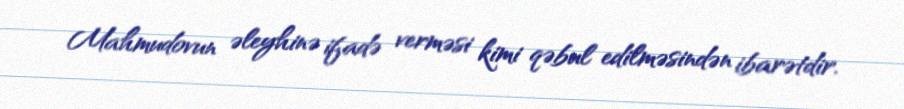
Mahmudovun əleyhinə ifadə verməsi kimi qəbul edilməsindən ibarətdir.